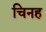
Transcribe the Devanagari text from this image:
चिनह